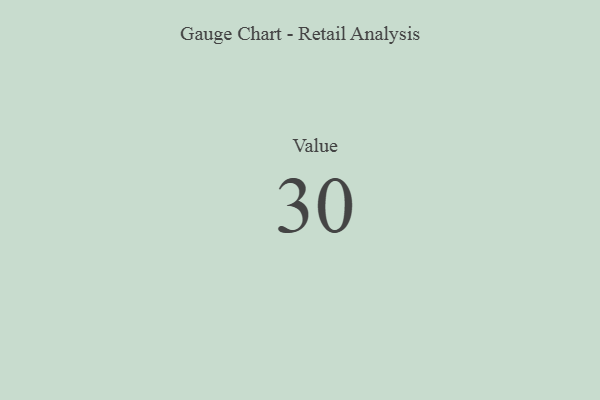
{"axis": {"x": "Metric", "y": "Value"}, "legend": [""], "data": [{"x": "Value", "y": 30, "type": ""}]}